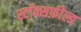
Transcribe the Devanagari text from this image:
स्टॉक्सफ़ील्ड